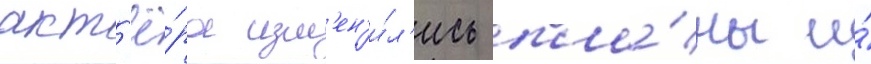
акт'ё́ра изм'ен'и́л'ись пла́ны и́